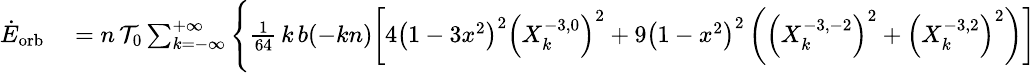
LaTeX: \small\begin{array}{rl}{\dot{E}_{\mathrm{orb}}}&{{}=n\, {\cal T}_{0}\sum_{k=-\infty}^{+\infty}\Bigg\{ \frac{1}{64}\, k\, b(-kn)\bigg[4\left(1-3x^{2}\right)^{2}\left(X_{k}^{-3,0}\right)^{2}+9\left(1-x^{2}\right)^{2}\left(\left(X_{k}^{-3,-2}\right)^{2}+\left(X_{k}^{-3,2}\right)^{2}\right)\bigg]}\end{array}